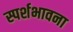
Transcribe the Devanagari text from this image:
स्पर्शभावना